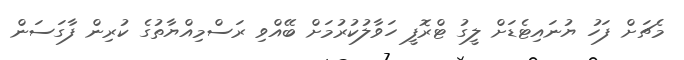
މެޗަށް ފަހު ޔުނައިޓެޑަށް ލީގު ޓްރޮފީ ހަވާލުކުރުމަށް ބޭއްވި ރަސްމިއްޔާތުގެ ކުރިން ފާގަސަން